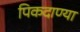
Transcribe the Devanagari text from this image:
पिकदाण्या